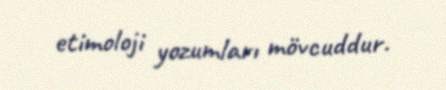
etimoloji yozumları mövcuddur.